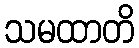
သမထာတိ